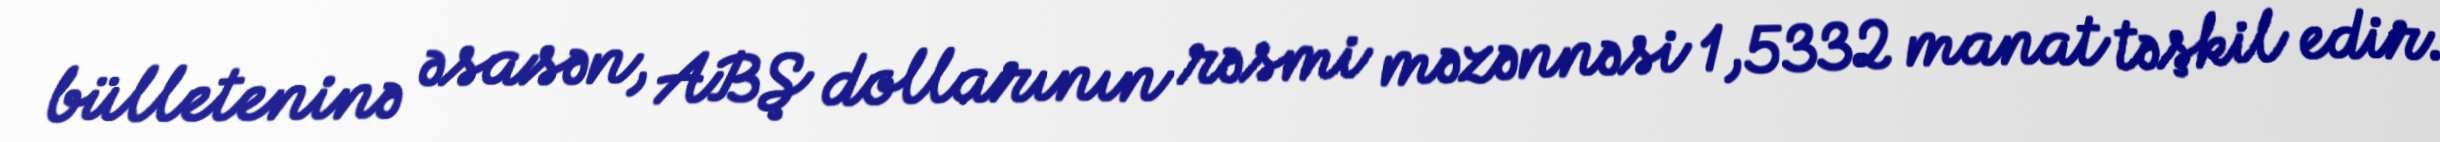
bülleteninə əsasən, ABŞ dollarının rəsmi məzənnəsi 1,5332 manat təşkil edir.